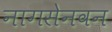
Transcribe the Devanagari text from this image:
नागसेनवन